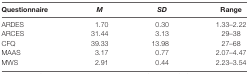
| Questionnaire | M | SD | Range |
 | --- | --- | --- | --- |
 | ARDES | 1.70 | 0.30 | 1.33–2.22 |
 | ARCES | 31.44 | 3.13 | 29–38 |
 | CFQ | 39.33 | 13.98 | 27–68 |
 | MAAS | 3.17 | 0.77 | 2.07–4.47 |
 | MWS | 2.91 | 0.44 | 2.23–3.54 |